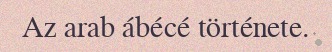
Az arab ábécé története.